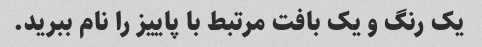
یک رنگ و یک بافت مرتبط با پاییز را نام ببرید.